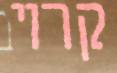
קרוי